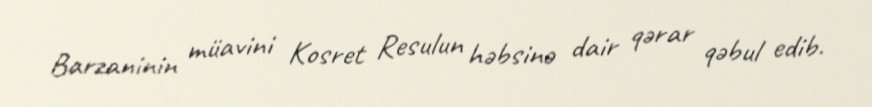
Barzaninin müavini Kosret Resulun həbsinə dair qərar qəbul edib.